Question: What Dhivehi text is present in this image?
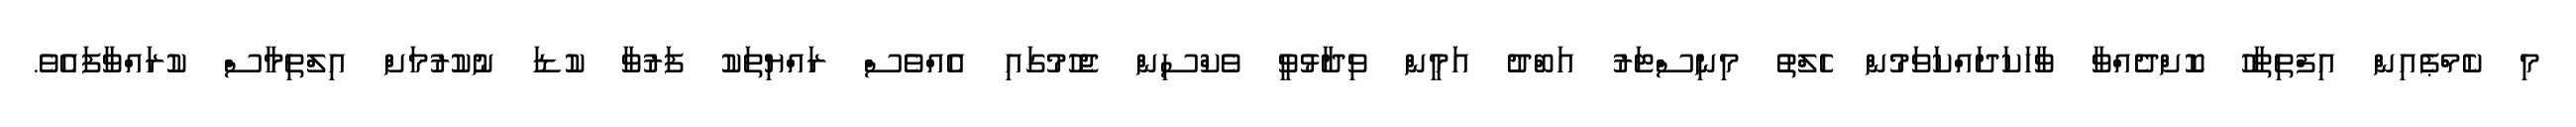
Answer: މި ކެމްޕެއިން އިފްތިތާހު ކޮށްދެއްވާ ވާހަކަދައްކަވަމުން ހެލްތު މިނިސްޓަރު އަބްދު އަމީން ވިދާޅުވީ ވެކްސިން ޖެހުމުގައި އެއްވެސް ރައްޔިތަކު ފަރުވާ ކުޑަ ނުކުރުމަށް އިލްތިމާސް ކުރައްވާފައެވެ.